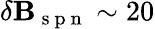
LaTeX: \delta\mathbf{B}_{\mathrm{{~s~p~n~}}}\sim20